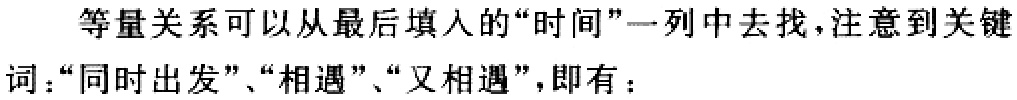
等量关系可以从最后填入的“时间”一列中去找，注意到关键词：“同时出发”、“相遇”、“又相遇”，即有：